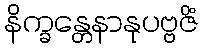
နိက္ခန္တေနာနုပဗ္ဗဇိံ